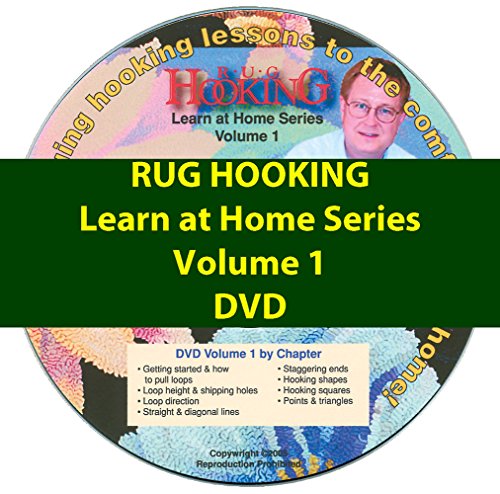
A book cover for Rug Hooking Learn at Home: Vol.1; Gene Shepherd; Crafts, Hobbies & Home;